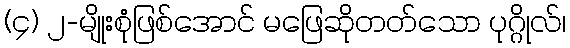
(၄) ၂-မျိုးစုံဖြစ်အောင် မဖြေဆိုတတ်သော ပုဂ္ဂိုလ်၊